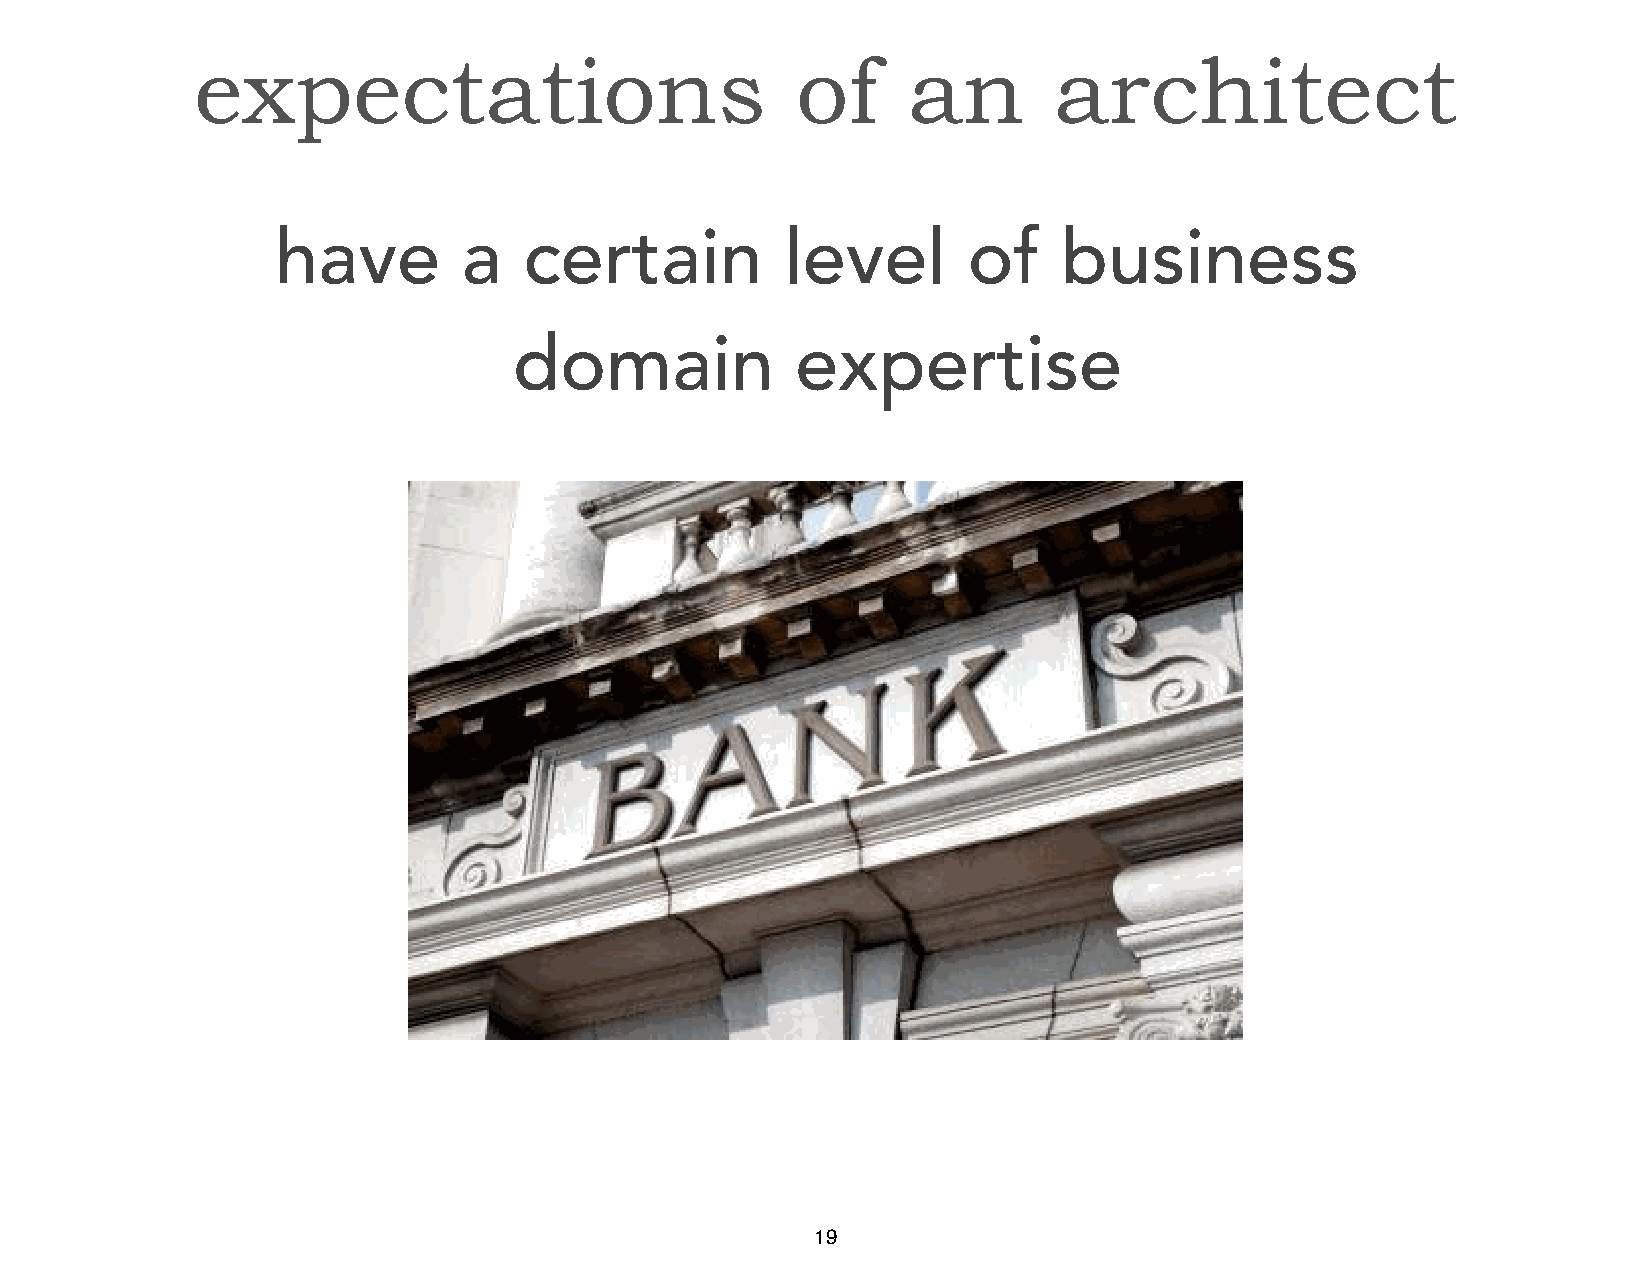
expectations                            of     an        architect
 have         a   certain          level       of    business
 domain             expertise
 19